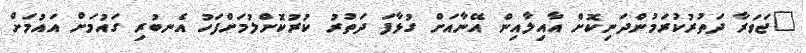
"ޖަވަރާ ދަތުރުކުރަމުންދަނިކޮށް އާއިލާއިން އޭނާއަށް ގުޅާފަ ދަތުރު ކުރުކޮށްލުމަށްފަހު އެނބުރި ގައުމަށް އައުމަށް